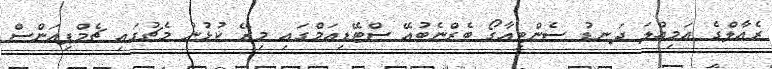
ރެއާލްގެ އަމިއްލަ ދަނޑު ސެންޓިއާގޯ ބެރްނެބުއޭ ސްޓޭޑިއަމްގައި މިރޭ ކުޅުނު މެޗުގައި ޗެމްޕިއަންސް